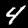
Digit: 4